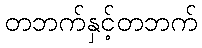
တဘက်နှင့်တဘက်